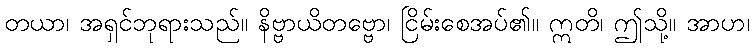
တယာ၊ အရှင်ဘုရားသည်။ နိဗ္ဗာယိတဗ္ဗော၊ ငြိမ်းစေအပ်၏။ ဣတိ၊ ဤသို့။ အာဟ၊